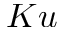
K u